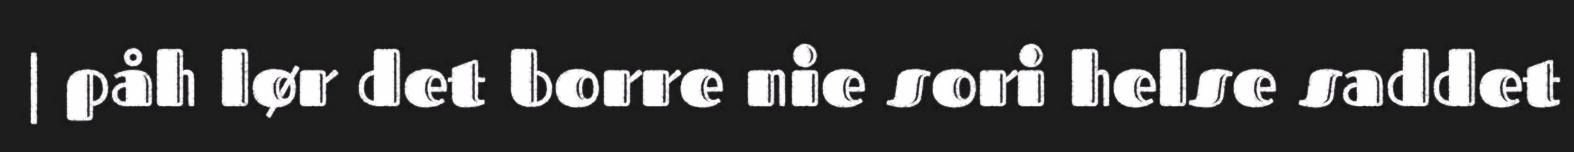
| påh lør det borre nie sori helse saddet